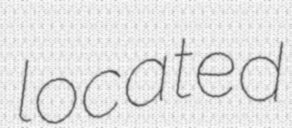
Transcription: located